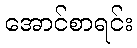
အောင်စာရင်း